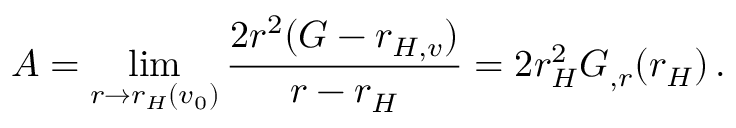
A = \operatorname * { l i m } _ { r \rightarrow r _ { H } ( v _ { 0 } ) } \frac { 2 r ^ { 2 } ( G - r _ { H , v } ) } { r - r _ { H } } = 2 r _ { H } ^ { 2 } G _ { , r } ( r _ { H } ) \, .